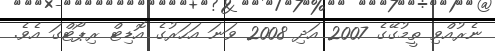
ނެރުއްވި ތީމުގޭގެ 2007 އަދި 2008 ވަނަ އަހަރުގެ އޮޑިޓް ރިޕޯޓްގަ އެވެ.